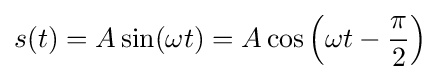
s(t)=A\sin(\omega t)=A\cos \left(\omega t-{\frac {\pi }{2}}\right)